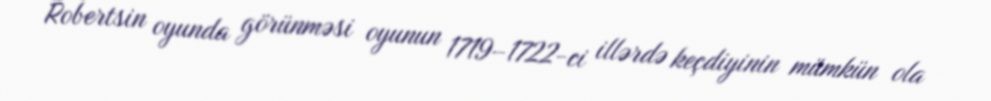
Robertsin oyunda görünməsi oyunun 1719–1722-ci illərdə keçdiyinin mümkün ola